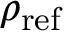
\rho _ { \mathrm { r e f } }